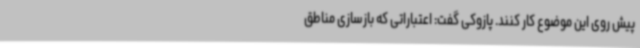
پیش روی این موضوع کار کنند. پازوکی گفت: اعتباراتی که بازسازی مناطق